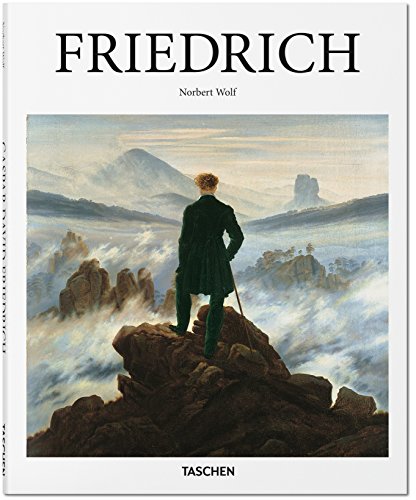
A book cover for Friedrich; Norbert Wolf; Humor & Entertainment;